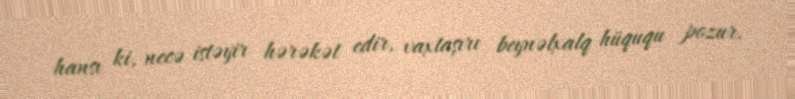
hansı ki, necə istəyir hərəkət edir, vaxtaşırı beynəlxalq hüququ pozur.